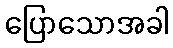
ပြောသောအခါ